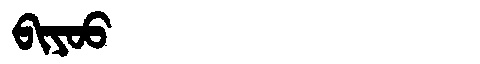
Manchu: ᠪᡳᠶᠣᠣ
Romanization: BIYOO